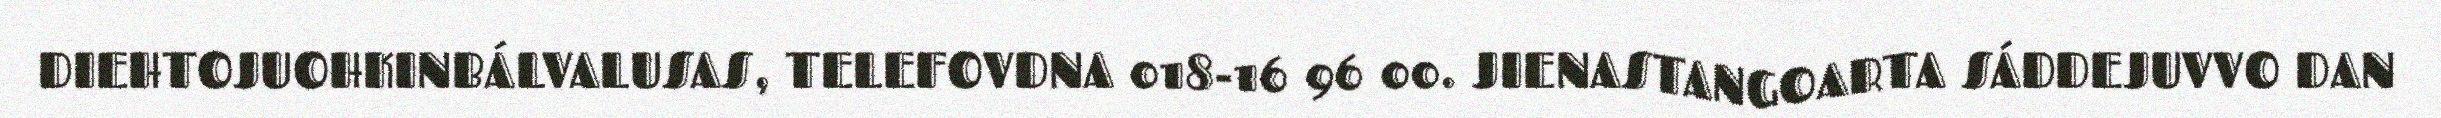
DIEHTOJUOHKINBÁLVALUSAS, TELEFOVDNA 018-16 96 00. JIENASTANGOARTA SÁDDEJUVVO DAN